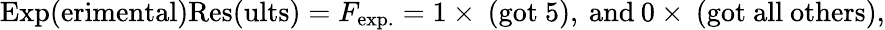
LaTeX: \mathrm{Exp(erimental)Res(ults)}=F_{\mathrm{exp.}}=1\times\: \mathrm{(got~5)},\: \mathrm{and}\: 0\times\: \mathrm{(got~all~others)},